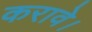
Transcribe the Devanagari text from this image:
करावे।